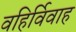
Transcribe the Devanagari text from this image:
वहिर्विवाह